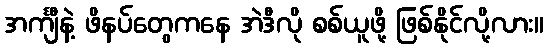
အင်္ကျီနဲ့ ဖိနပ်တွေကနေ အဲဒီလို စစ်ယူဖို့ ဖြစ်နိုင်လို့လား။